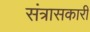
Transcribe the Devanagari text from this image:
संत्रासकारी